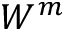
W ^ { m }